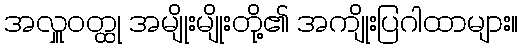
အလှူဝတ္ထု အမျိုးမျိုးတို့၏ အကျိုးပြဂါထာများ။